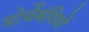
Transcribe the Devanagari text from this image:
मोर्चेबंदियों